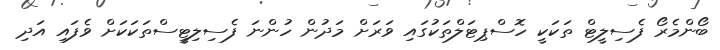
ބޯންމެރޯ ފެސިލީޓް ތަކަކީ ހޮސްޕިޓަލްތަކުގައި ވަރަށް މަދުން ހުންނަ ފެސިލިޓީސްތަކަކަށް ވެފައި އަދި